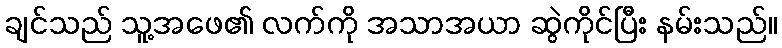
ချင်သည် သူ့အဖေ၏ လက်ကို အသာအယာ ဆွဲကိုင်ပြီး နမ်းသည်။